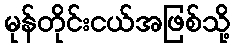
မုန်တိုင်းငယ်အဖြစ်သို့